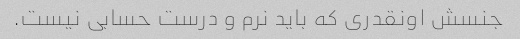
جنسش اونقدری که باید نرم و درست حسابی نیست.